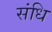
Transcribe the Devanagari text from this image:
संधि